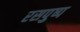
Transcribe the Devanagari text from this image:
रसपुष्प